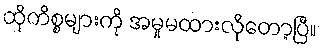
ထိုကိစ္စများကို အမှုမထားလိုတော့ပြီ။